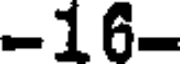
-16-